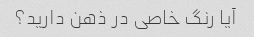
آیا رنگ خاصی در ذهن دارید؟